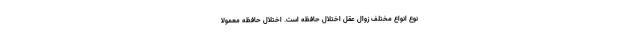
نوع انواع مختلف زوال عقل اختلال حافظه‌ است. اختلال حافظه معمولاً